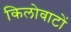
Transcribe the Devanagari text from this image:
किलोवाटों